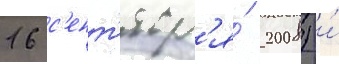
16 с'ент'ябр'я́ 2008) и́